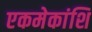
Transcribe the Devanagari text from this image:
एकमेकांशि